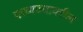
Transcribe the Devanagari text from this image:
दरवाज्यावरील